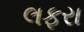
લફરા